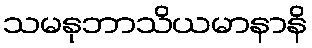
သမနုဘာသိယမာနာနိ